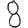
Digit: 8